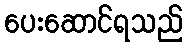
ပေးဆောင်ရသည်